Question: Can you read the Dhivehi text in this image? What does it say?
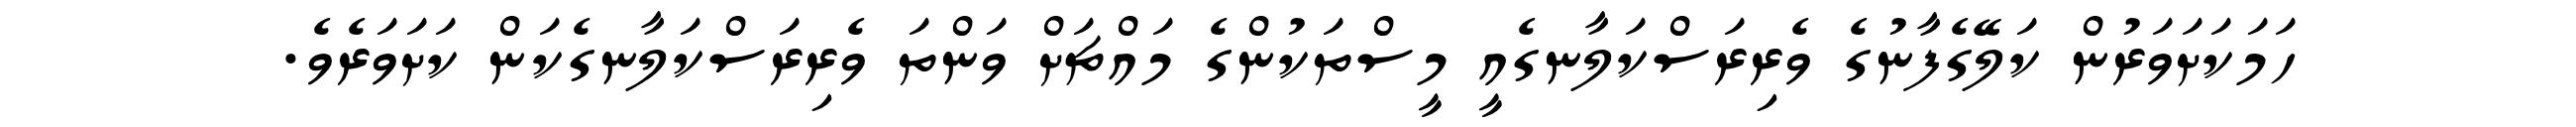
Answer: ހަމަކަށަވަރުން ކަލޭގެފާނުގެ ވެރިރަސްކަލާނގެއީ މީސްތަކުންގެ މައްޗަށް ވަންތަ ވެރިރަސްކަލާނގެކަން ކަށަވަރެވެ.